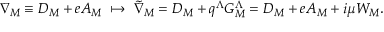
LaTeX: \nabla _ { M } \equiv { D } _ { M } + e A _ { M } \ \mapsto \ { \tilde { \nabla } } _ { M } = { D } _ { M } + q ^ { \Lambda } G _ { M } ^ { \Lambda } = { D } _ { M } + e A _ { M } + i \mu W _ { M } .